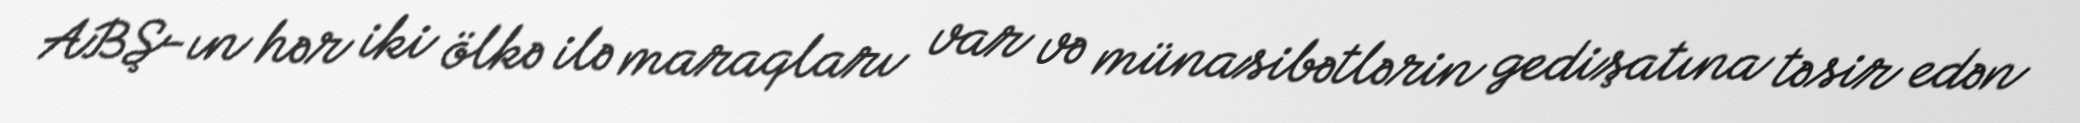
ABŞ-ın hər iki ölkə ilə maraqları var və münasibətlərin gedişatına təsir edən